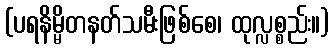
(ပရနိမ္မိတနတ်သမီးဖြစ်စေ၊ ထုလ္လစ္စည်း။)